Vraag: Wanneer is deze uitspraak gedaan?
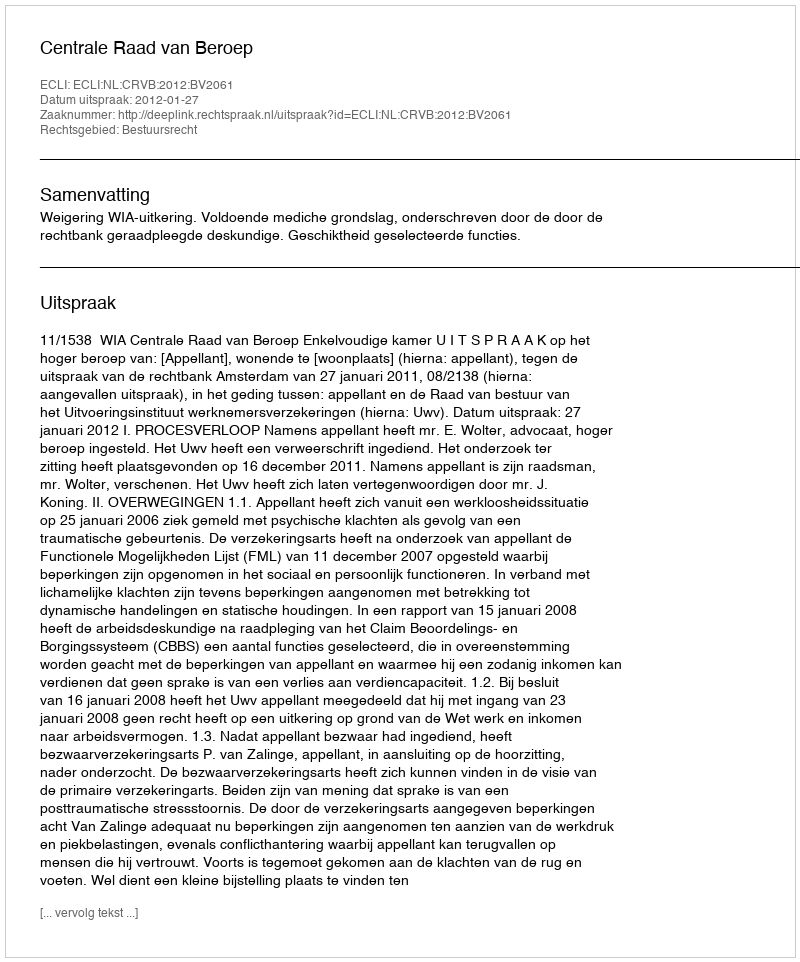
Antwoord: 2012-01-27